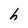
Character: h